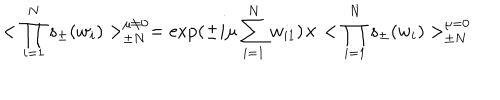
< \prod _ { i = 1 } ^ { N } s _ { \pm } ( w _ { i } ) > _ { \pm N } ^ { \mu \ne 0 } = \exp ( \pm i \mu \sum _ { i = 1 } ^ { N } w _ { i 1 } ) \times < \prod _ { i = 1 } ^ { N } s _ { \pm } ( w _ { i } ) > _ { \pm N } ^ { \mu = 0 }